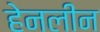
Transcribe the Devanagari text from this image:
हेनलीन